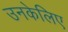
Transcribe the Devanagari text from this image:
उनकेलिए